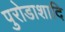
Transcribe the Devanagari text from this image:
पुरोडाशादि